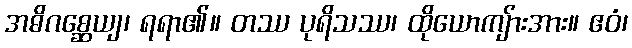
အဓိဂစ္ဆေယျ၊ ရရာ၏။ တဿ ပုရိသဿ၊ ထိုယောကျ်ားအား။ ဧဝံ၊